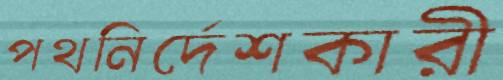
পথনির্দেশকারী